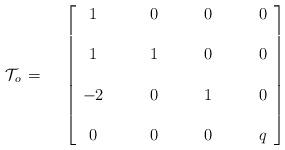
LaTeX: \begin{align*}{\cal T}_o\,=\,\quad\left[\begin{array}{cccc} 1 &\qquad 0 &\qquad 0&\qquad 0\\&&&\\1 &\qquad 1 &\qquad 0&\qquad 0\\&&&\\-2 &\qquad 0 &\qquad 1 &\qquad 0\\&&&\\ 0 &\qquad 0&\qquad 0 &\qquad q\end{array}\right]\hphantom{xxxxxxxxxxxxxxxxxx}\end{align*}